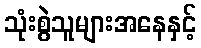
သုံးစွဲသူများအနေနှင့်